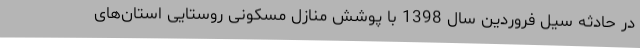
در حادثه سیل فروردین‌ سال 1398 با پوشش منازل مسکونی روستایی استان‌های